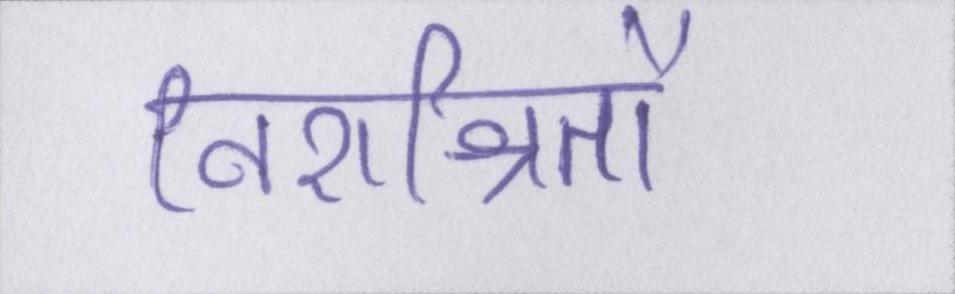
निराश्रितों